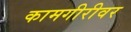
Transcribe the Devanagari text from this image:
कामगीरीवर